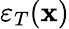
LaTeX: \varepsilon_{T}(\mathbf{x})